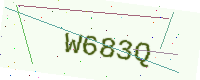
Text: W683Q